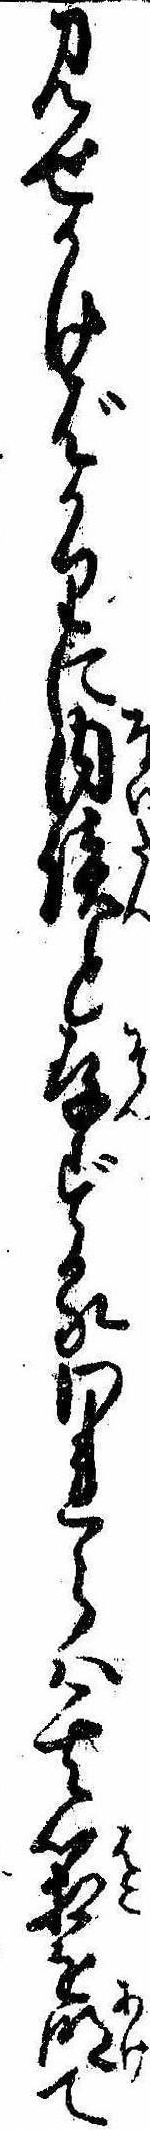
見せかけばかりに内談と存ずるわれらは其箱を明て